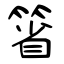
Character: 箵